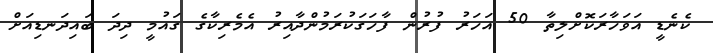
ކެނެޑީ އަވަހާރަކޮށްލިތާ 50 އަހަރު ފުރުން ފާހަގަކުރަމުންދާއިރު އެމެރިކާގެ ގައުމީ ދިދަ ބައިދަނޑިއަށް